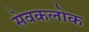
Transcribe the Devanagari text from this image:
सेवकलोक